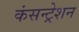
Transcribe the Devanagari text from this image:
कंसन्ट्रेशन